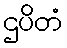
ဌပိတံ